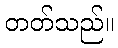
တတ်သည်။